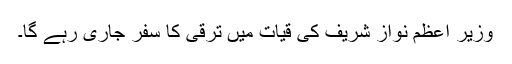
وزیر اعظم نواز شریف کی قیات میں ترقی کا سفر جاری رہے گا۔